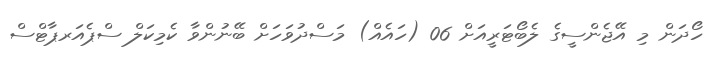
ހޯދަން މި އޭޖެންސީގެ ލެބޯޓަރީއަށް 06 (ހައެއް) މަސްދުވަހަށް ބޭނުންވާ ކެމިކަލް ސްޕެއަރޕާޓްސް